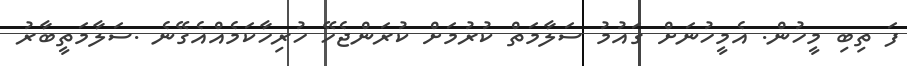
ފަ ތިބި މީހުން. އެމީހުނަށް ގައުމު ސަލާމަތް ކުރުމަށް ކުރަންޖެހޭ ހުރިހާކަމެއްއެގޭނެ .ސަލާމަތީބާރު